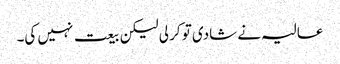
عالیہ نے شادی تو کر لی لیکن بیعت نہیں کی۔